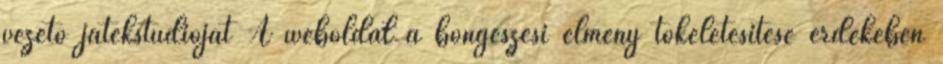
vezető játékstúdióját A weboldal a böngészési élmény tökéletesítése érdekében